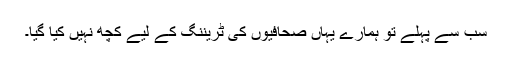
سب سے پہلے تو ہمارے یہاں صحافیوں کی ٹریننگ کے لیے کچھ نہیں کیا گیا۔